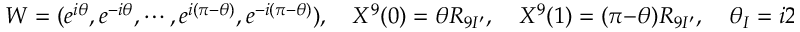
W = ( e ^ { i \theta } , e ^ { - i \theta } , \cdots , e ^ { i ( \pi - \theta ) } , e ^ { - i ( \pi - \theta ) } ) , \quad X ^ { 9 } ( 0 ) = \theta R _ { 9 I ^ { \prime } } , \quad X ^ { 9 } ( 1 ) = ( \pi - \theta ) R _ { 9 I ^ { \prime } } , \quad \theta _ { I } = i 2 \pi R _ { 9 I ^ { \prime } } A _ { 9 } ^ { I } \quad ,